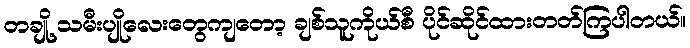
တချို့ သမီးပျိုလေးတွေကျတော့ ချစ်သူကိုယ်စီ ပိုင်ဆိုင်ထားတတ်ကြပါတယ်။